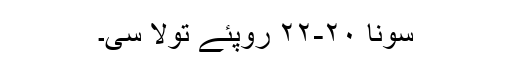
سونا ٢٠-٢٢ روپئے تولا سی۔